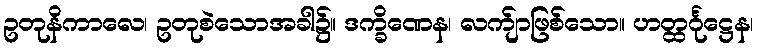
ဥတုနိကာလေ၊ ဥတုစဲသောအခါ၌။ ဒက္ခိဏေန၊ လက်ျာဖြစ်သော။ ဟတ္ထင်္ဂုဋ္ဌေန၊